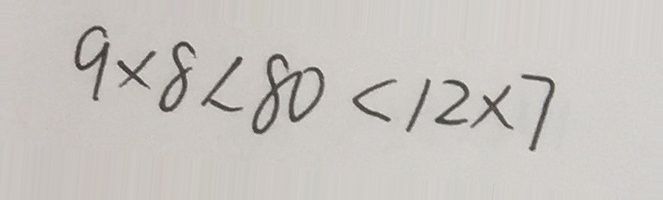
9 \times 8 < 8 0 < 1 2 \times 7